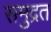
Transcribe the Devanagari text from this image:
समुद्रत